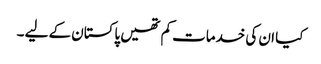
کیا ان کی خدمات کم تھیں پاکستان کے لیے ۔